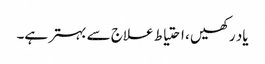
یاد رکھیں ، احتیاط علاج سے بہتر ہے۔